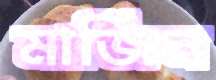
মার্জিন